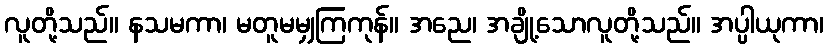
လူတို့သည်။ နသမကာ၊ မတူမမျှကြကုန်။ အညေ၊ အချို့သောလူတို့သည်။ အပ္ပါယုကာ၊